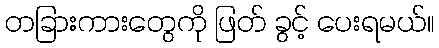
တခြားကားတွေကို ဖြတ် ခွင့် ပေးရမယ်။